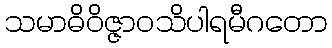
သမာဓိဝိဇ္ဇာဝသိပါရမီဂတော